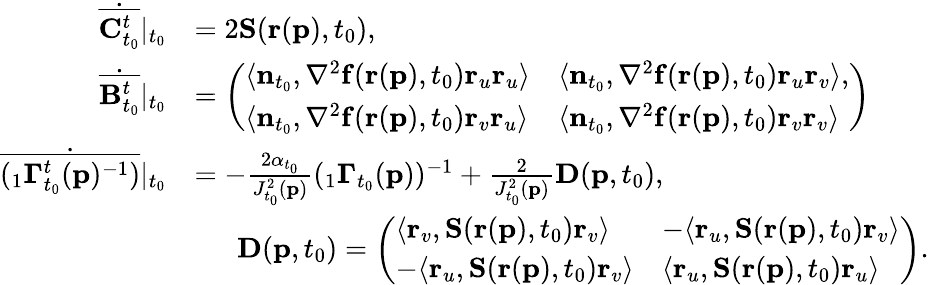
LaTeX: \begin{array}{rl}{\dot{\overline{{\mathbf{C}_{t_{0}}^{t}}}}\vert_{t_{0}}}&{=2\mathbf{S}(\mathbf{r}(\mathbf{p}),t_{0}),}\\ {\dot{\overline{{\mathbf{B}_{t_{0}}^{t}}}}\vert_{t_{0}}}&{=\left(\begin{array}{ll}{\langle\mathbf{n}_{t_{0}},\nabla^{2}\mathbf{f}(\mathbf{r}(\mathbf{p}),t_{0})\mathbf{r}_{u}\mathbf{r}_{u}\rangle}&{\langle\mathbf{n}_{t_{0}},\nabla^{2}\mathbf{f}(\mathbf{r}(\mathbf{p}),t_{0})\mathbf{r}_{u}\mathbf{r}_{v}\rangle,}\\ {\langle\mathbf{n}_{t_{0}},\nabla^{2}\mathbf{f}(\mathbf{r}(\mathbf{p}),t_{0})\mathbf{r}_{v}\mathbf{r}_{u}\rangle}&{\langle\mathbf{n}_{t_{0}},\nabla^{2}\mathbf{f}(\mathbf{r}(\mathbf{p}),t_{0})\mathbf{r}_{v}\mathbf{r}_{v}\rangle}\end{array}\right)}\\ {\dot{\overline{{(_{1}\mathbf{\Gamma}_{t_{0}}^{t}(\mathbf{p})^{-1})}}}\vert_{t_{0}}}&{=-\frac{2\alpha_{t_{0}}}{J_{t_{0}}^{2}(\mathbf{p})}(_{1}\mathbf{\Gamma}_{t_{0}}(\mathbf{p}))^{-1}+\frac{2}{J_{t_{0}}^{2}(\mathbf{p})}\mathbf{D}(\mathbf{p},t_{0}),}\\ &{\mathrm{~\quad~}\mathbf{D}(\mathbf{p},t_{0})=\left(\begin{array}{ll}{\langle\mathbf{r}_{v},\mathbf{S}(\mathbf{r}(\mathbf{p}),t_{0})\mathbf{r}_{v}\rangle}&{-\langle\mathbf{r}_{u},\mathbf{S}(\mathbf{r}(\mathbf{p}),t_{0})\mathbf{r}_{v}\rangle}\\ {-\langle\mathbf{r}_{u},\mathbf{S}(\mathbf{r}(\mathbf{p}),t_{0})\mathbf{r}_{v}\rangle}&{\langle\mathbf{r}_{u},\mathbf{S}(\mathbf{r}(\mathbf{p}),t_{0})\mathbf{r}_{u}\rangle}\end{array}\right).}\end{array}